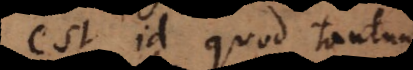
est id quod tantum